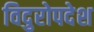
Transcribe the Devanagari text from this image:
विदुरोपदेश